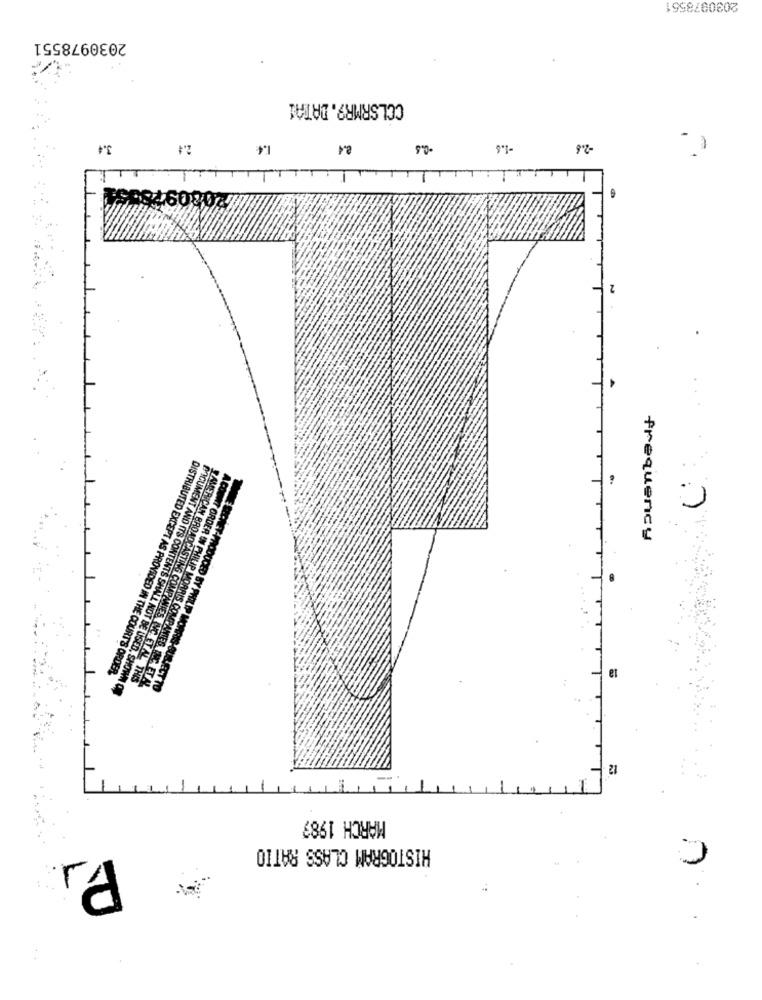
2030978551
2030978551
CCLSRMR9.DATA1
3.4
2.4
1.4
2.4
-0.5
-2.8
2203097
2
frequency
MET-PRODUCED BY PHILIP MORRIS
DISTRIBUTED EXCEPT AS PROVIDED IN THE COURT'S ORDER.
DOCUMENT AND ITS CONTENTS SHALL NOT BE USED, SHOWN O
AMERICAN BROADCASTING COMPANIES INC.ETAL THIS
A COURT ORDER IN PHILIP MORRIS COMPANIES INC. ET AL.
JECT TO
12
MARCH 1987
HISTOGRAM CLASS RATIO
1